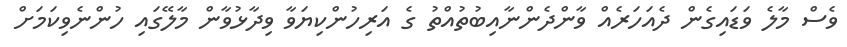
ވެސް މާލެ ވަޑައިގެން ދެއަހަރެއް ވާންދެންނާއިބުތުއްތު ގެ އަރިހުންކިޔަވާ ވިދާޅުވާން މާލޭގައި ހުންނެވިކަމަށް